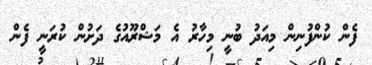
ފެން ކުންފުނިން މިއަދު ބުނީ މިހާރު އެ މަޝްރޫއުގެ ދަށުން ކުރަނީ ފެން